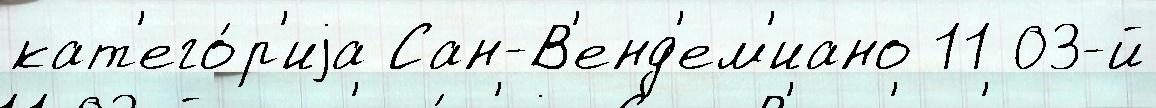
кат'его́р'иjа Сан-В'енд'ем'иано 11 03-й